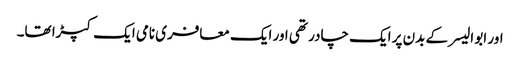
اور ابو الیسر کے بدن پر ایک چادر تھی اور ایک معافری نامی ایک کپڑا تھا۔